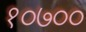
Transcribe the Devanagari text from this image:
१०७००